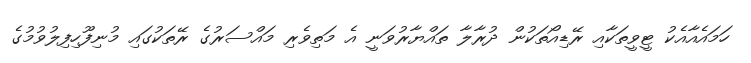
ހަމައެއާއެކު ޓީވީތަކާއި ރޭޑިއޯތަކުން ދުރާލާ ތައްޔާރުވަނީ އެ މަތިވެރި މައްސަރުގެ ރޭތަކުގައި މުނިފޫހިފިލުވުމުގެ